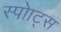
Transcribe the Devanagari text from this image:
स्पोाट्स